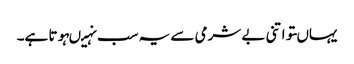
یہاںتو اتنی بے شرمی سے یہ سب نہیںہوتا ہے۔